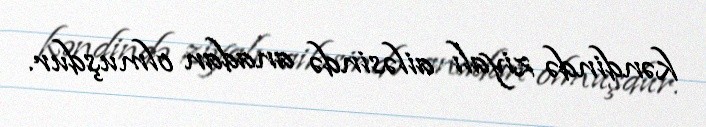
kəndində ziyalı ailəsində anadan olmuşdur.